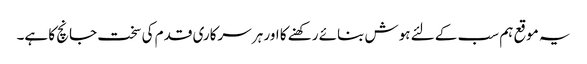
یہ موقع ہم سب کے لئے ہوش بنائے رکھنے کا اور ہر سرکاری قدم کی سخت جانچ کا ہے۔